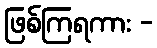
ဖြစ်ကြရကား -